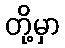
တို့မှာ